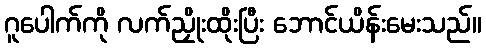
ဂူပေါက်ကို လက်ညှိုးထိုးပြီး ဘောင်ယိန်းမေးသည်။